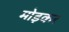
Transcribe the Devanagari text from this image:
मोड़़कर